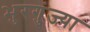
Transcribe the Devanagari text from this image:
भुरगुंज्या